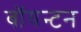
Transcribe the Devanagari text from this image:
बॉयन्टन